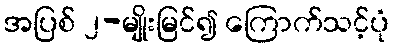
အပြစ် ၂-မျိုးမြင်၍ ကြောက်သင့်ပုံ